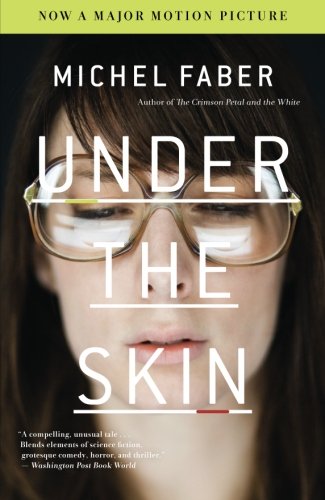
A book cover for Under the Skin: A Novel; Michel Faber; Literature & Fiction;